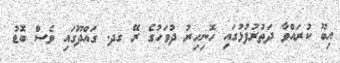
އިބޫ ކުރައްވާ ދަތުރުފުޅުގައި ހޮނިހިރު ދުވަހުގެ ރޭ ގދ. ގައްދޫގައި ވެސް ބޮޑު